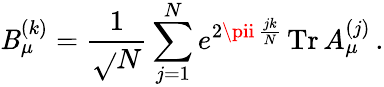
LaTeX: \mathit{B}_{\mu}^{(k)}={\frac{{1}}{{\sqrt{}{{N}}}}}\sum_{j=1}^{N}e^{2\pii\, {\frac{{jk}}{{N}}}}\, \mathrm{{Tr}}\, A_{\mu}^{(j)}\, .